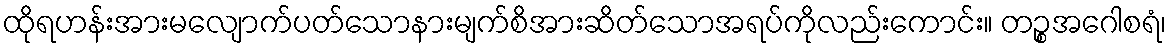
ထိုရဟန်းအားမလျောက်ပတ်သောနားမျက်စိအားဆိတ်သောအရပ်ကိုလည်းကောင်း။ တဉ္စအဂေါစရံ၊